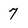
Character: 7